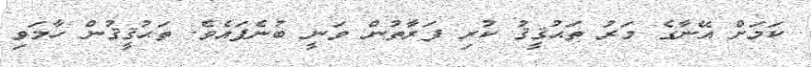
ކަމަށް އޭނާގެ މަރު ތަޙުޤީޤު ކުރި ފަރާތުން ވަނީ ބުނެފައެވެ. ތަޙުޤީޤުން ހާމަވި